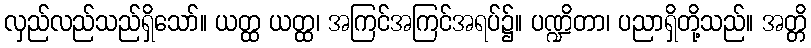
လှည်လည်သည်ရှိသော်။ ယတ္ထ ယတ္ထ၊ အကြင်အကြင်အရပ်၌။ ပဏ္ဍိတာ၊ ပညာရှိတို့သည်။ အတ္တိ